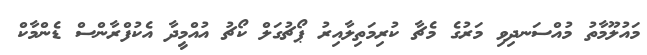
މައުލޫމާތު މުއްސަނދިވި މަރުގެ މެޗާ ކުރިމަތިލާއިރު ޕޯޗުގަލް ކޯޗު އުއްމީދާ އެކުފްރާންސް ޑެންމާކް